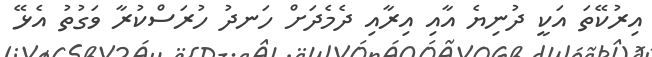
އިރުކޭތަ އަކީ ދުނިޔެ އާއި އިރާއި ދެމެދަށް ހަނދު ހުރަސްކުރާ ވަގުތު އެޅޭ